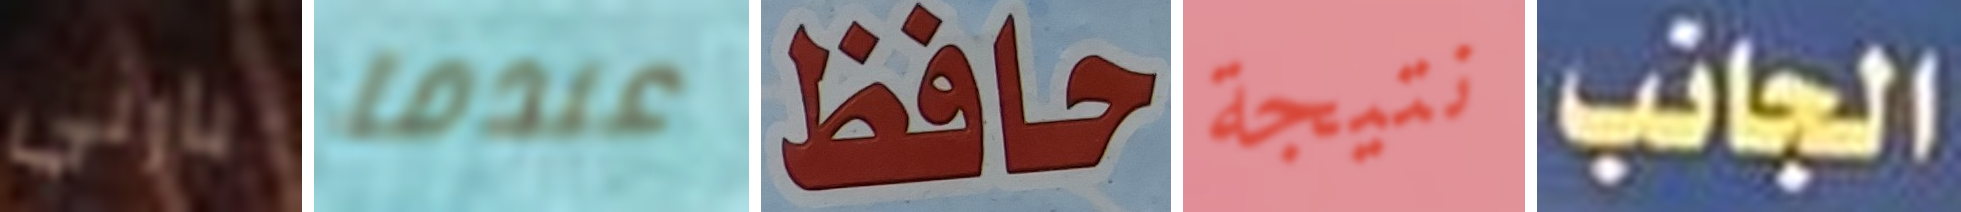
بارني عندما حافظ نتيجة الجانب